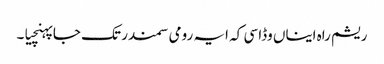
ریشم راہ ایناں وڈا سی کہ ایہ رومی سمندر تک جا پہنچیا۔